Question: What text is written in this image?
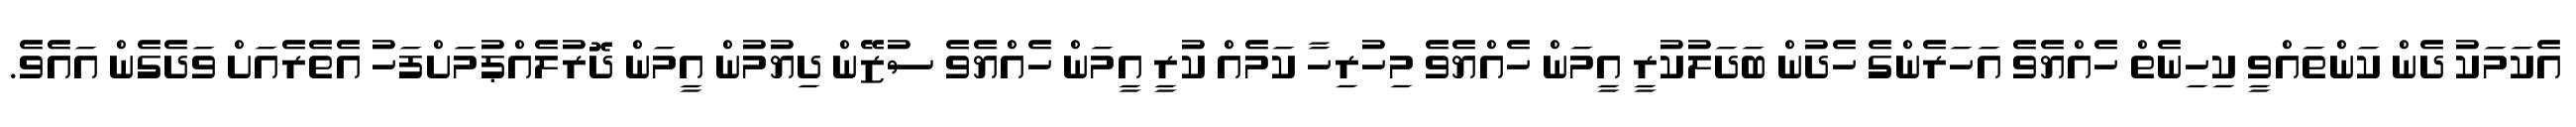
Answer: އެކަމަކު ދެން ކަންތައްވީ ކިހިނެތް ހެއްޔެވެ އަހަރެންގެ ހެދުން ބަދަލުކުރީ އީމަން ހެއްޔެވެ މިހުރިހާ ކަމެއް ކުރީ އީމަން ހެއްޔެވެ ސުޒޭން ދިޔުމުން އީމަން ދޮރުލެއްޕުމަށްފަހު އެތެރެއަށް ވަދެގެން އައެވެ.